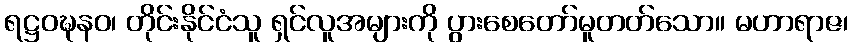
ရဋ္ဌဝဍ္ဎနဝ၊ တိုင်းနိုင်ငံသူ ရှင်လူအများကို ပွားစေတော်မူတတ်သော။ မဟာရာဇ၊